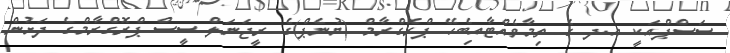
ސަސްޕްއަކީ އ.ދ ގެ ތިމާވެއްޓާއިބެހޭ ޕްރޮގްރާމް (ޔުނެޕް)ގެ ރީޖަނަލް ސީސް ޕްރޮގްރާމްގެ ދަށުން